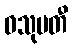
ဝသုမတီ